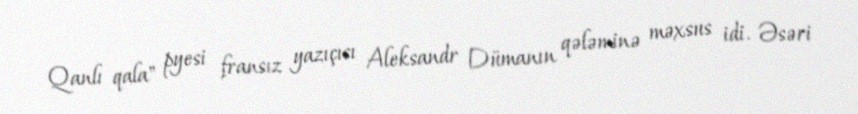
Qanlı qala" pyesi fransız yazıçısı Aleksandr Dümanın qələminə məxsus idi. Əsəri